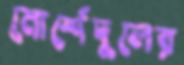
মোর্শেদুলের